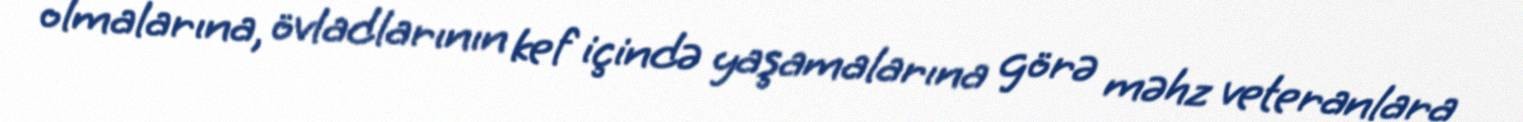
olmalarına, övladlarının kef içində yaşamalarına görə məhz veteranlara